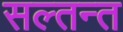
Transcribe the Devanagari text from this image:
सल्तन्त